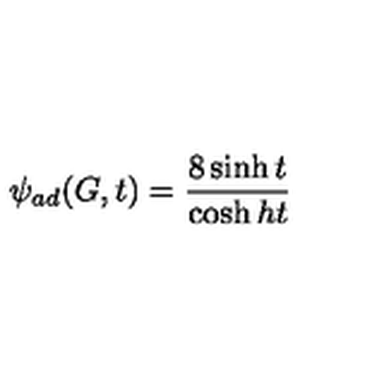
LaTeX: \psi _ { a d } ( G , t ) = \frac { 8 \sinh t } { \cosh h t }